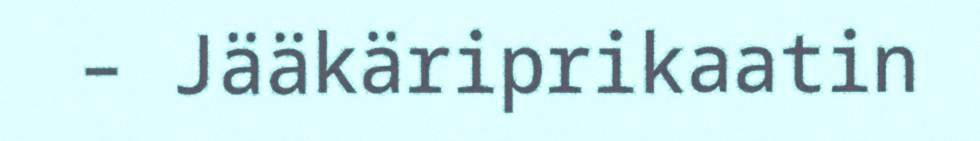
– Jääkäriprikaatin